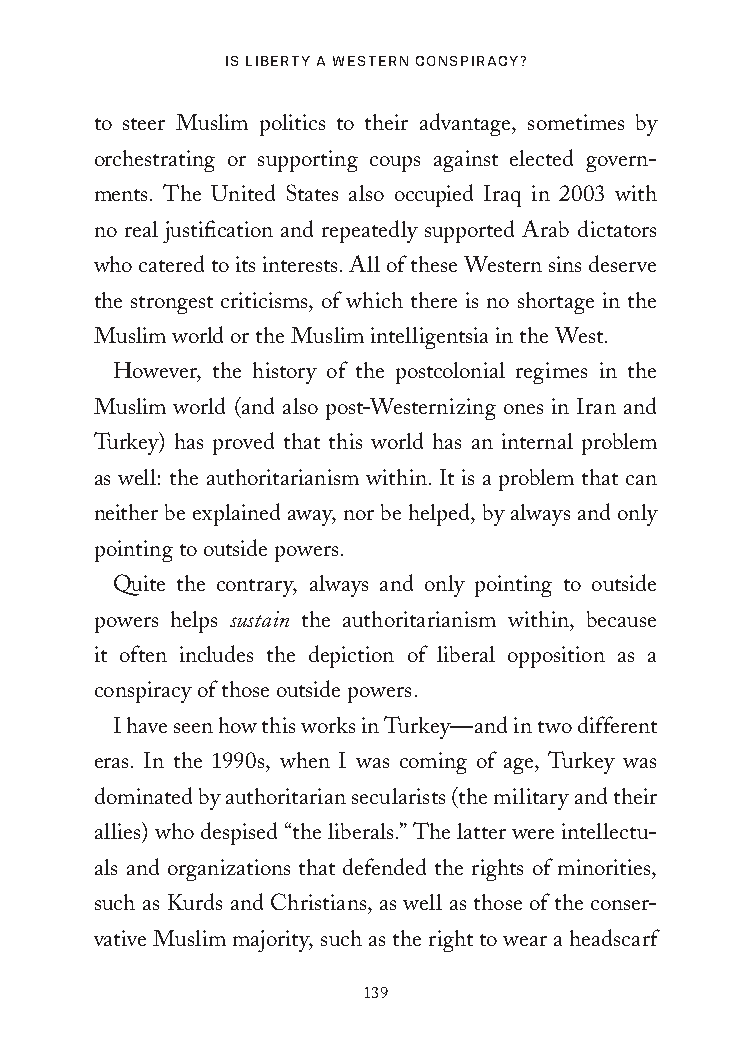
Is LIberty a Western ConspIraCy?
 to steer Muslim politics to their advantage, sometimes by
 orchestrating or supporting coups against elected govern-
 ments. The United States also occupied Iraq in 2003 with
 no real justification and repeatedly supported Arab dictators
 who catered to its interests. All of these Western sins deserve
 the strongest criticisms, of which there is no shortage in the
 Muslim world or the Muslim intelligentsia in the West.
 However, the history of the postcolonial regimes in the
 Muslim world (and also post-Westernizing ones in Iran and
 Turkey) has proved that this world has an internal problem
 as well: the authoritarianism within. It is a problem that can
 neither be explained away, nor be helped, by always and only
 pointing to outside powers.
 Quite the contrary, always and only pointing to outside
 powers helps sustain the authoritarianism within, because
 it often includes the depiction of liberal opposition as a
 conspiracy of those outside powers.
 I have seen how this works in Turkey—and in two different
 eras. In the 1990s, when I was coming of age, Turkey was
 dominated by authoritarian secularists (the military and their
 allies) who despised “the liberals.” The latter were intellectu-
 als and organizations that defended the rights of minorities,
 such as Kurds and Christians, as well as those of the conser-
 vative Muslim majority, such as the right to wear a headscarf
 139
 25320_Ch08.indd 139                     24/06/2021 9:36 AM